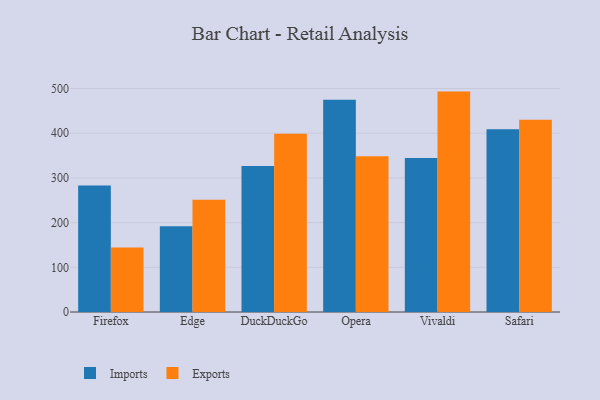
{"axis": {"x": "Browser", "y": "Gross Profit (USD K)"}, "legend": ["Exports", "Imports"], "data": [{"x": "Firefox", "y": 283.2, "type": "Imports"}, {"x": "Firefox", "y": 144.4, "type": "Exports"}, {"x": "Edge", "y": 191.6, "type": "Imports"}, {"x": "Edge", "y": 251.0, "type": "Exports"}, {"x": "DuckDuckGo", "y": 326.7, "type": "Imports"}, {"x": "DuckDuckGo", "y": 398.8, "type": "Exports"}, {"x": "Opera", "y": 474.6, "type": "Imports"}, {"x": "Opera", "y": 348.3, "type": "Exports"}, {"x": "Vivaldi", "y": 344.7, "type": "Imports"}, {"x": "Vivaldi", "y": 493.1, "type": "Exports"}, {"x": "Safari", "y": 408.7, "type": "Imports"}, {"x": "Safari", "y": 430.2, "type": "Exports"}]}